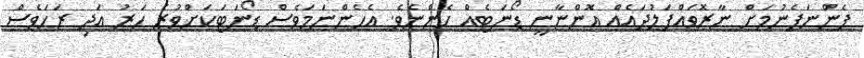
ފެންނަފެނުމަށް ނާރޮވައްފަލުދައެއް އޮންނާނީ ޑޯނަޓެއް ހެންނެވެ. އެހެންނަމަވެސް ޑޯނަޓަކަށްވުރެ ހަރު އަދި ރަހަވެސް